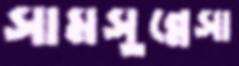
সামসুন্নেসা